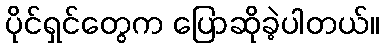
ပိုင်ရှင်တွေက ပြောဆိုခဲ့ပါတယ်။